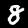
Digit: 8